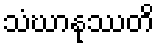
သံဃာနုဿတိ